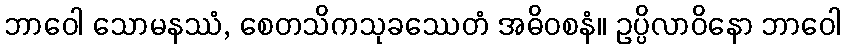
ဘာဝေါ သောမနဿံ, စေတသိကသုခဿေတံ အဓိဝစနံ။ ဥပ္ပိလာဝိနော ဘာဝေါ